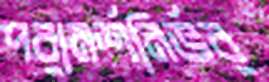
পরামর্শনির্ভর